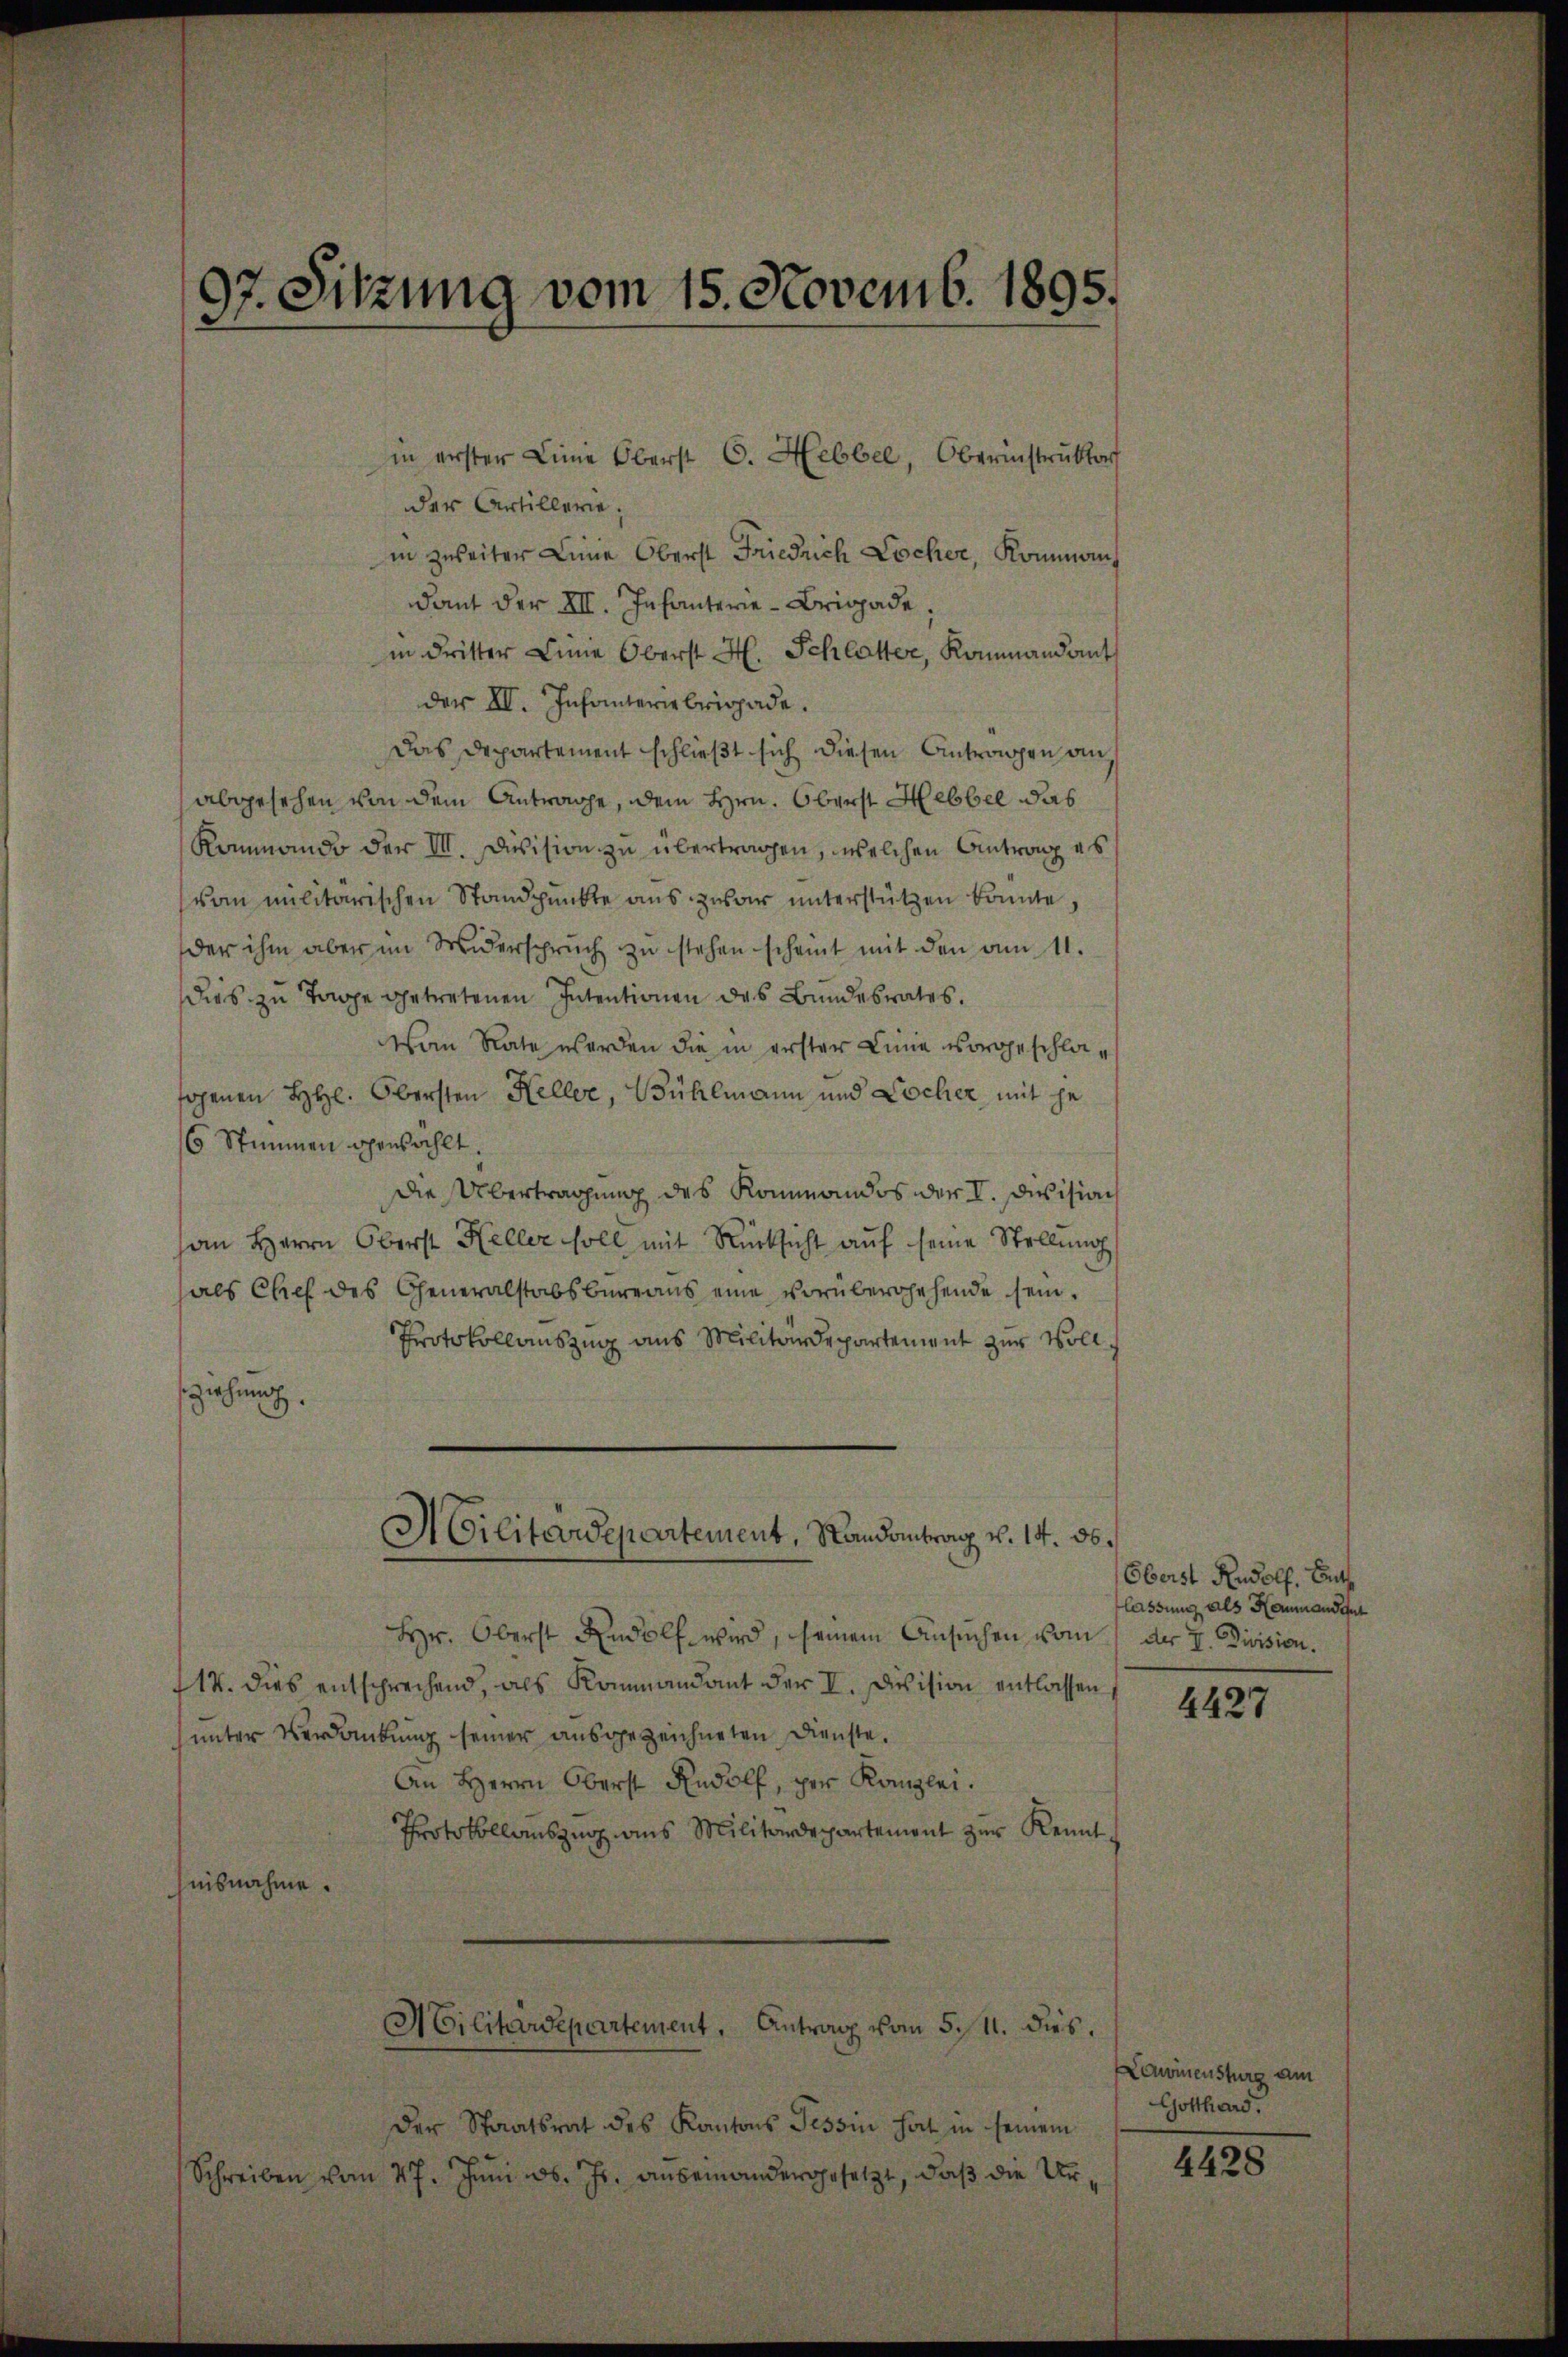
97. Sitzung vom 15. Novemb. 1895.

in erster Linie Oberst C. Hebbel, Oberinstruktor

der Artillerie,
in zweiter Linie Oberst Friedrich Locher, Komman
dant der XII. Infanterie-Brigade.
in Dritter Linie Oberst H. Schlatter, Kommandant
der III. Infanteriebrigade.
Das Departement schließt sich diesen Antragen an,
abgesehen von dem Antrage, dem Hrn. Oberst Hebbel das
Kommando der III. Division zu übertragen, welchen Antrag es
vom militärischen Standpunkte aus zusair unterstützen könnte
der ihm aber im Widerspruch zu stehen scheint mit den am 11.
dies zu Tage getretenen Intentionen des Bundesrates.
Van Rate werden die in erster Linie vorgeschlasogenen HHl. Obersten Heller, Bühlmann und Locher mit je
6 Stimmen gewählt.
Die Übertragung des Kommandos der V. Devision
an Herrn Oberst Keller soll mit Rücksicht aŭf seine Stellŭng
als Chef des Generalstabsbureaus eine vorübergehende sein.
Protokollauszug aus Militärdepartement zur Vollsziehung.
Militärdepartement, Randantrag v. 14. 36.
Hr. Oberst Rudolf wird, seinem Ansuchen vom 1 der I. Division.
114. dies entsprechend, als Kommandant der I. Devision entlassen,
unter Verdankung seiner ausgezeichneten Dienste.
An Herrn Oberst Rudolf, per Kanzlei.
Protokollauszug aus Militärdepartement zur Kennt
nisnahme.
Militärdepartement, Antrag vom 5./11. dies.
Der Staatsrat des Kantons Tessin hat in seinem
Schreiben vom 27. Juni d. Js. anbemandergesetzt, daß die Ur¬

Oberst Rudolf. Butt
lassung als Hammandent

4427

Konoinensburg am
Gotthard.

4428